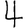
Digit: 4